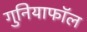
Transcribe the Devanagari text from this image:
गुनियाफॉल